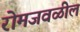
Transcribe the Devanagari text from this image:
रोमजवळील